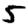
Digit: 5